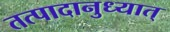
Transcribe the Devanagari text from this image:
तत्पादानुध्यात्